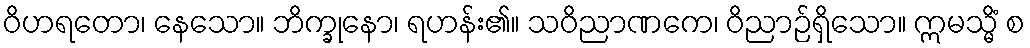
ဝိဟရတော၊ နေသော။ ဘိက္ခုနော၊ ရဟန်း၏။ သဝိညာဏကေ၊ ဝိညာဉ်ရှိသော။ ဣမသ္မိံ စ